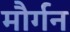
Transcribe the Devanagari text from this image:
मौर्गन